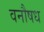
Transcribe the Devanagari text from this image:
वनौषध